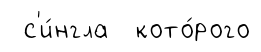
с'и́нгла кото́рого